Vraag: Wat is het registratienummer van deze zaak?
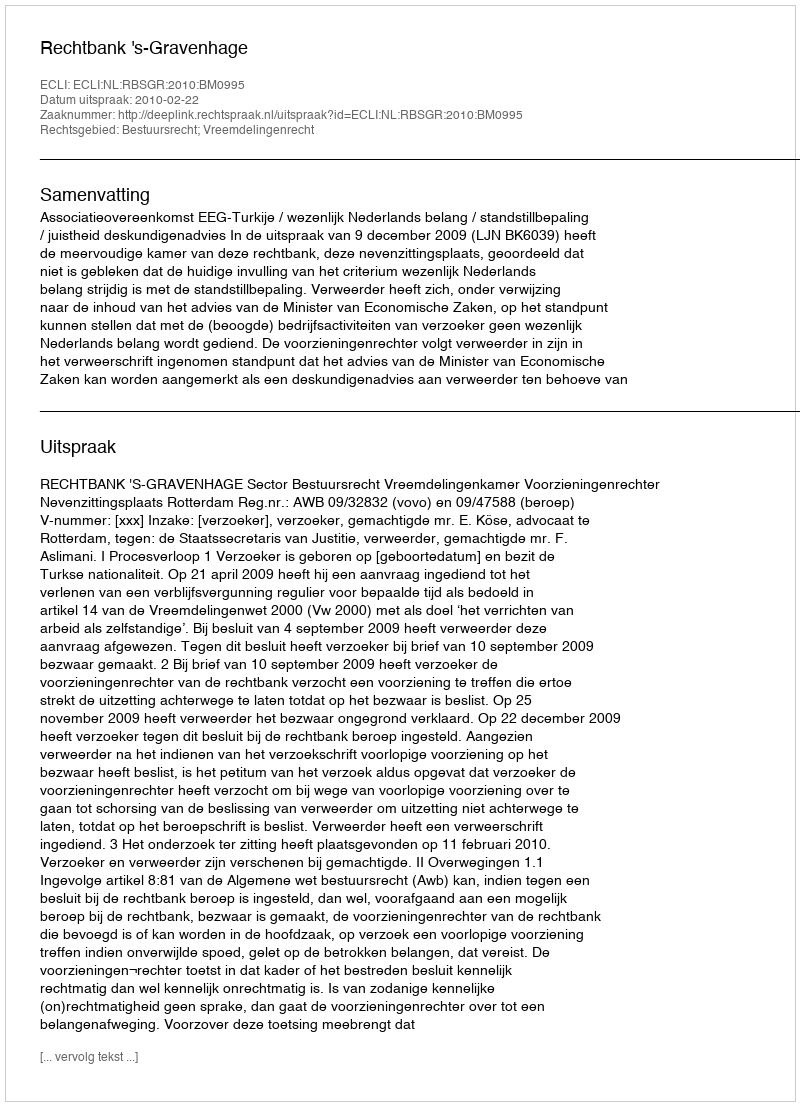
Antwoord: http://deeplink.rechtspraak.nl/uitspraak?id=ECLI:NL:RBSGR:2010:BM0995